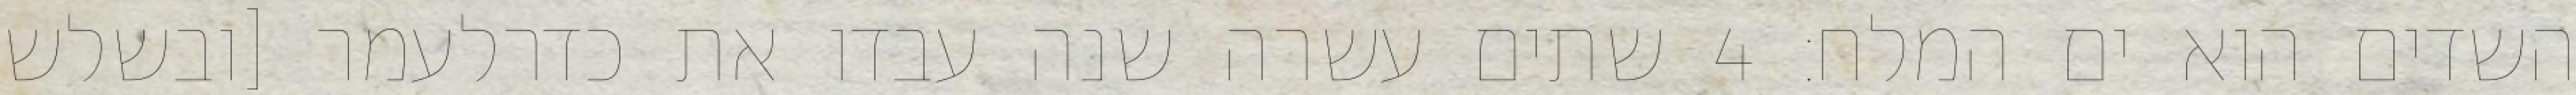
השדים הוא ים המלח׃ ‎4‏ שתים עשרה שנה עבדו את כדרלעמר [ובשלש